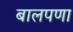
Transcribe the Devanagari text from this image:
बालपणा